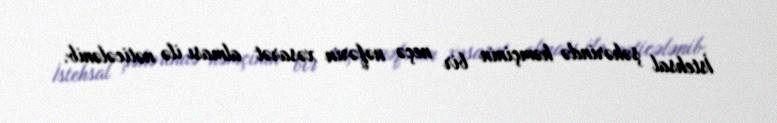
İstehsal şəhərində həmçinin bir neçə nəfərin xəsarət alması ilə nəticələnib.